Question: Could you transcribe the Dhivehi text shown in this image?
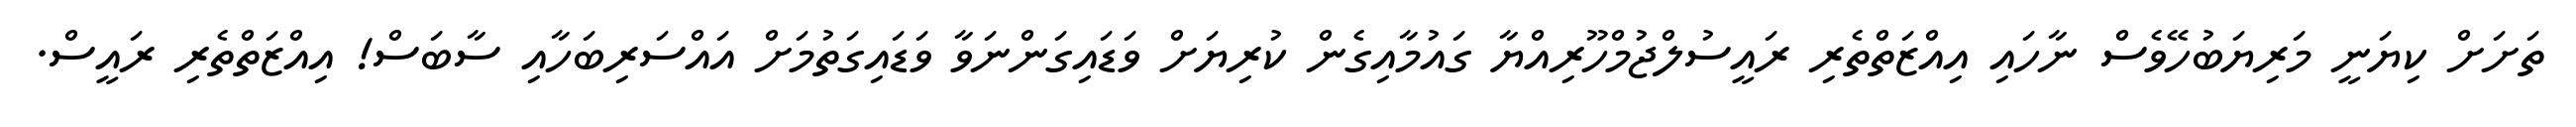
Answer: ތަށަށް ކިޔަނީ މަރިޔަބުހޭވެސް ނާހައި އިއްޒަތްތެރި ރައީސުލްޖުމްހޫރިއްޔާ ގައުމާއިގެން ކުރިޔަށް ވަޑައިގަންނަވާ ވަޑައިގަތުމަށް އައްސަރިބަހާއި ސާބަސް! އިއްޒަތްތެރި ރައީސް.